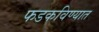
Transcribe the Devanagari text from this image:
फडकविण्यात